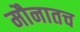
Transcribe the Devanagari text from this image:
मौनातच